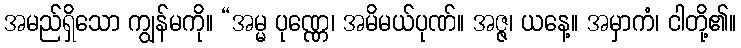
အမည်ရှိသော ကျွန်မကို။ “အမ္မ ပုဏ္ဏေ၊ အမိမယ်ပုဏ်။ အဇ္ဇ၊ ယနေ့။ အမှာကံ၊ ငါတို့၏။